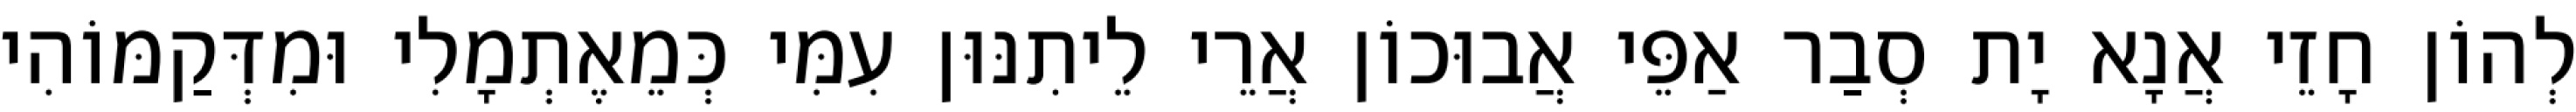
לְהוֹן חָזֵי אֲנָא יָת סְבַר אַפֵּי אֲבוּכוֹן אֲרֵי לֵיתִנּוּן עִמִּי כְּמֵאֶתְמָלִי וּמִדְּקַמּוֹהִי